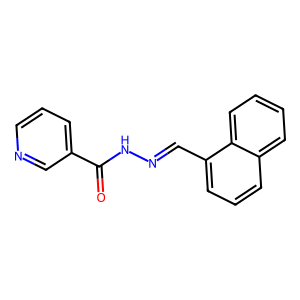
SMILES: O=C(NN=Cc1cccc2ccccc12)c1cccnc1
Inhibits HIV replication: No